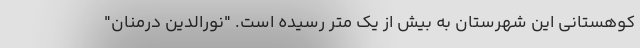
کوهستانی این شهرستان به بیش از یک متر رسیده است. "نورالدین درمنان"